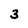
Character: 3